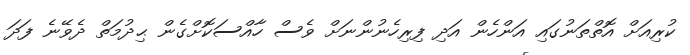
ކުރިއަށް އޮތްތަނުގައި އަންހެން އަދި ފިރިހެނުންނަށް ވެސް ހާއްސަކޮށްގެން ޙިދުމަތް ދެވޭނެ ފަދަ